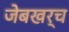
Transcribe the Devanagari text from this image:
जेबखर्च